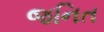
જનિત